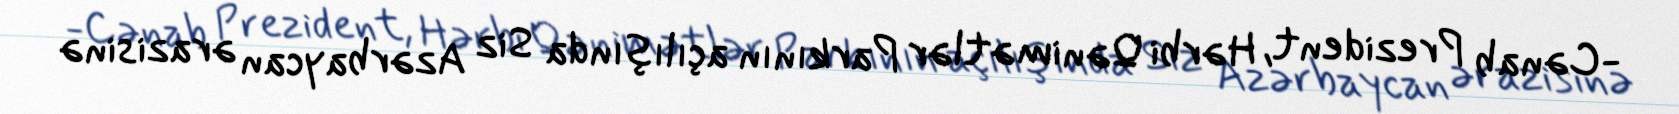
-Cənab Prezident, Hərbi Qənimətlər Parkının açılışında Siz Azərbaycan ərazisinə